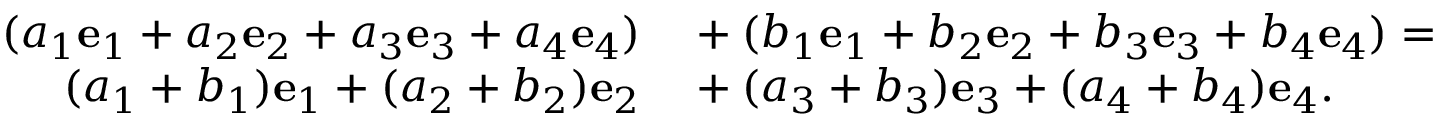
\begin{array} { r l } { ( a _ { 1 } { \mathbf { e } } _ { 1 } + a _ { 2 } { \mathbf { e } } _ { 2 } + a _ { 3 } { \mathbf { e } } _ { 3 } + a _ { 4 } { \mathbf { e } } _ { 4 } ) } & { { } + ( b _ { 1 } { \mathbf { e } } _ { 1 } + b _ { 2 } { \mathbf { e } } _ { 2 } + b _ { 3 } { \mathbf { e } } _ { 3 } + b _ { 4 } { \mathbf { e } } _ { 4 } ) = } \\ { ( a _ { 1 } + b _ { 1 } ) { \mathbf { e } } _ { 1 } + ( a _ { 2 } + b _ { 2 } ) { \mathbf { e } } _ { 2 } } & { { } + ( a _ { 3 } + b _ { 3 } ) { \mathbf { e } } _ { 3 } + ( a _ { 4 } + b _ { 4 } ) { \mathbf { e } } _ { 4 } . } \end{array}